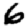
Digit: 6